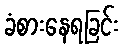
ခံစားနေရခြင်း